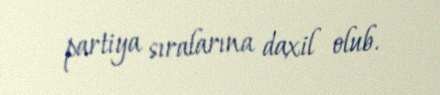
partiya sıralarına daxil olub.